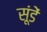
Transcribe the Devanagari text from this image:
सूंडें